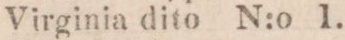
Virginia dito N:o 1.